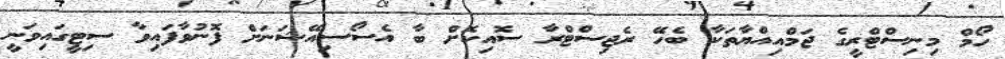
ހޯމް މިނިސްޓްރީގެ ޖަމްއިއްޔާތަކާ ބެހޭ ރެޖިސްޓްރާ ސޮއިކޮށް ބާ އެސޯސިއޭޝަނަށް ފޮނުވާފައިވާ ސިޓީގައިވަނީ